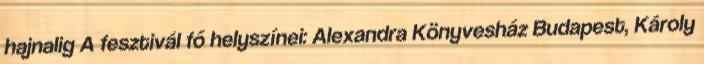
hajnalig A fesztivál fő helyszínei: Alexandra Könyvesház Budapest, Károly